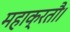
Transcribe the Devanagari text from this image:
महाक्रतौ।